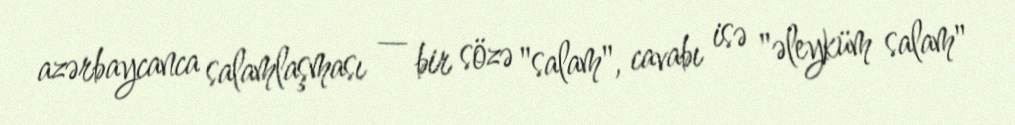
azərbaycanca salamlaşması — bir sözə "salam", cavabı isə "əleyküm salam"